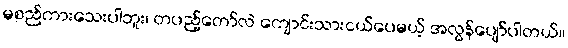
မစည်ကားသေးပါဘူး၊ တပည့်တော်လဲ ကျောင်းသားငယ်ပေမယ့် အလွန်ပျော်ပါတယ်။